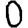
Digit: 0